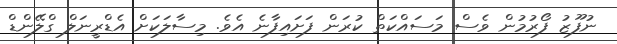
ނުފޫޒު ފޯރުމުން ވެސް މަސައްކަތް ކުރަން ފަށައިފާނެ އެވެ. މިސާލަކަށް އެޑްރީނަލް ގްލޭންޑް